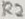
Text: R2